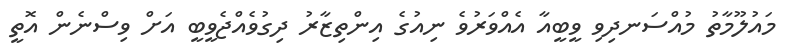
މައުލޫމާތު މުއްސަނދިވި ވީބީއާ އެއްވަރުވެ ނިއުގެ އިންތިޒާރު ދިގުވެއްޖެވީބީ އަށް ވިސްނެން އޮތީ